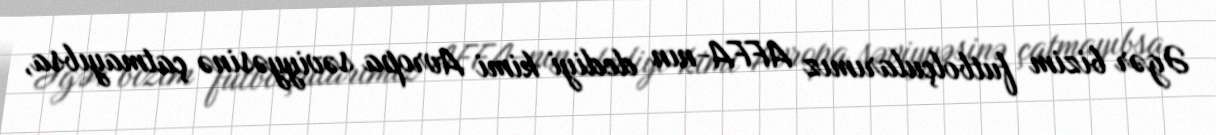
Əgər bizim futbolçularımız AFFA-nın dediyi kimi Avropa səviyyəsinə çatmayıbsa,